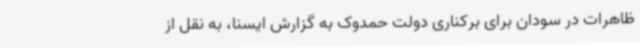
ظاهرات در سودان برای برکناری دولت حمدوک به گزارش ایسنا، به نقل از